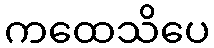
ကထေသိပေ